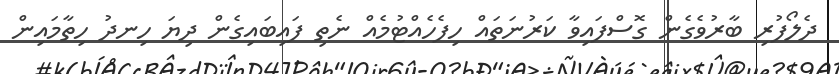
ދެލޯފުރި ބާރުވެގެން ގޮސްފައިވާ ކަރުނަތައް ހިފެހެއްޓުމެއް ނެތި ފައިބައިގެން ދިޔަ ހިނދު ހިތާމައިން